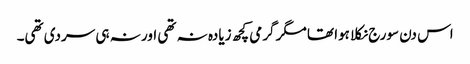
اس دن سورج نکلا ہوا تھا مگر گرمی کچھ زیادہ نہ تھی اور نہ ہی سردی تھی۔